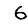
Digit: 6